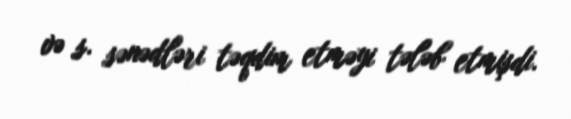
və s. sənədləri təqdim etməyi tələb etmişdi.